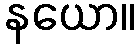
နယော။